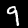
Digit: 9